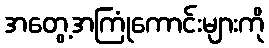
အတွေ့အကြုံကောင်းများကို